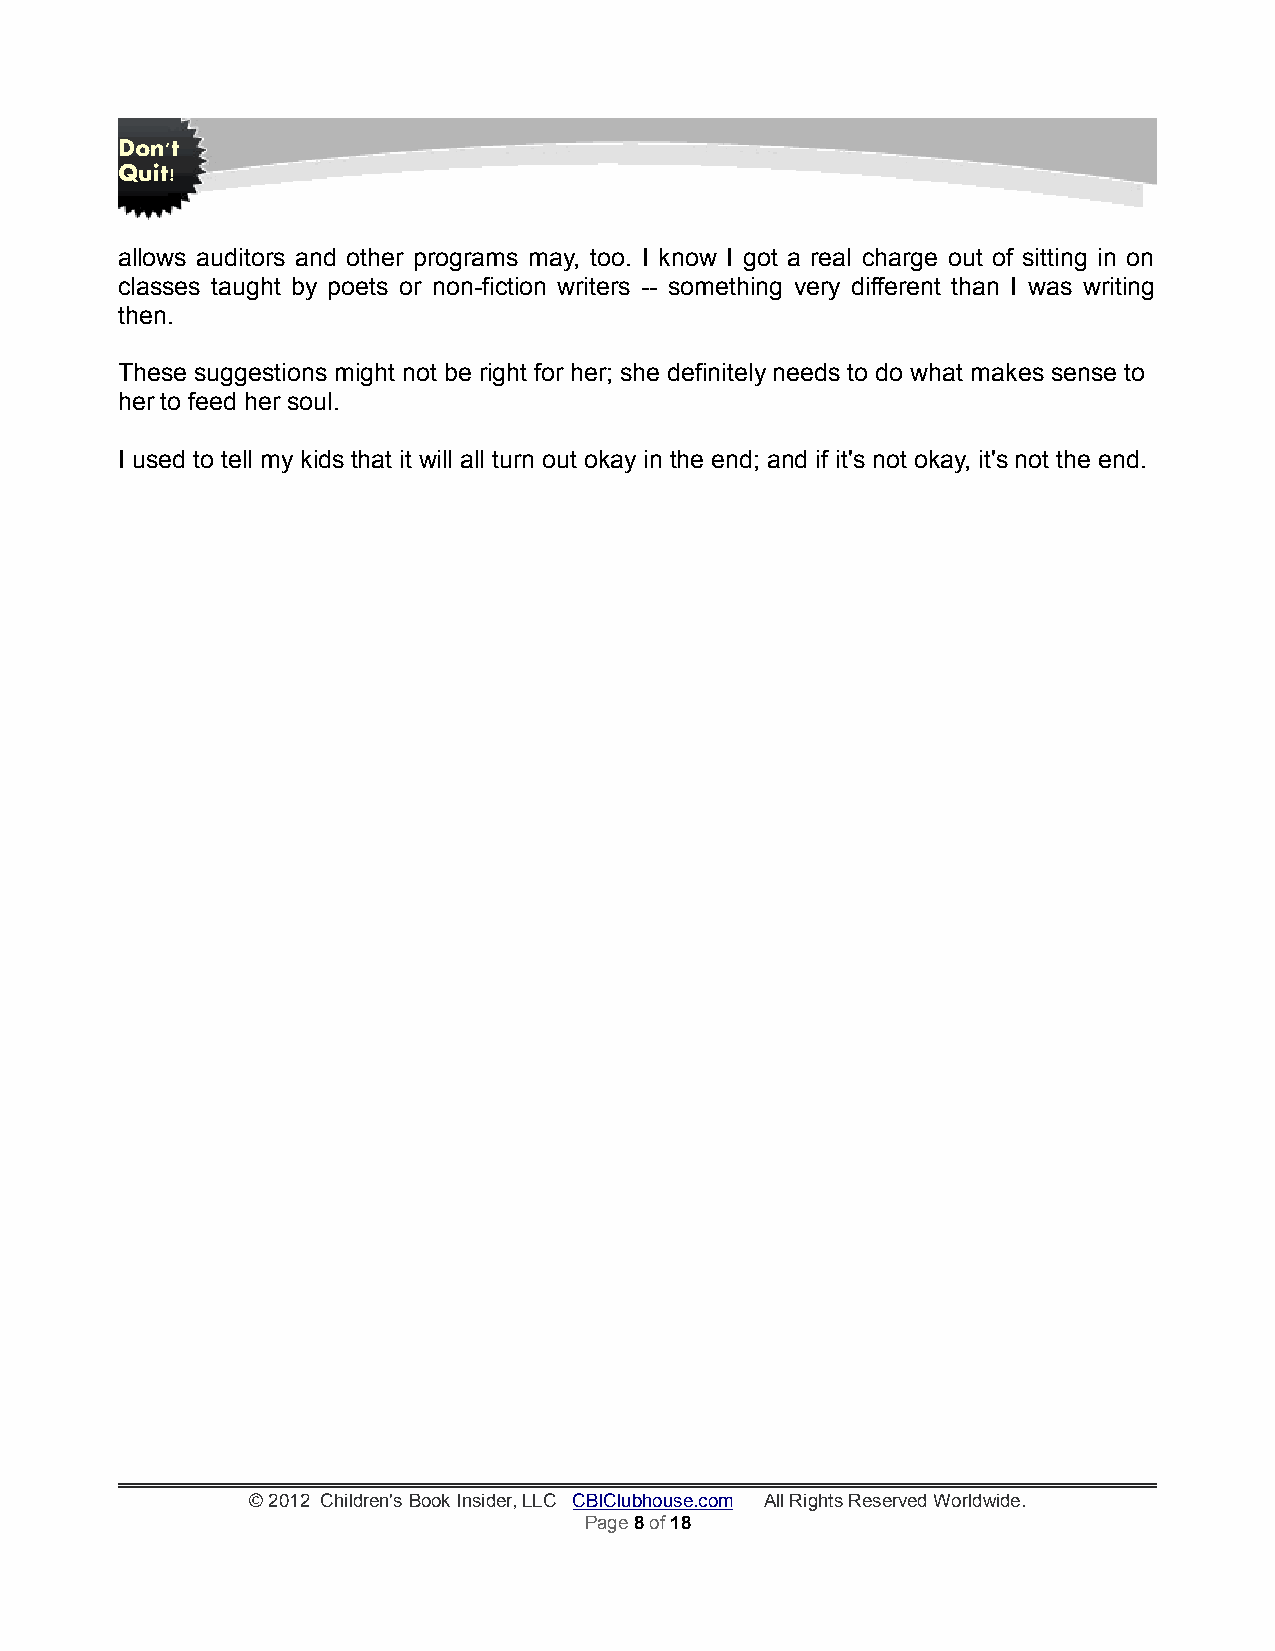
Don't
 Quit!
 allows auditors and other programs may, too. I know I got a real charge out of sitting in on
 classes taught by poets or non-fiction writers -- something very different than I was writing
 then.
 These suggestions might not be right for her; she definitely needs to do what makes sense to
 her to feed her soul.
 I used to tell my kids that it will all turn out okay in the end; and if it's not okay, it's not the end.
 © 2012 Children's Book Insider, LLC CBIClubhouse.com All Rights Reserved Worldwide.
 Page 8 of 18